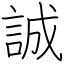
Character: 誠